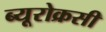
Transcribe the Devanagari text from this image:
ब्यूरोक्रसी